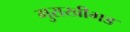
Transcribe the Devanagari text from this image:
गुराखीगड